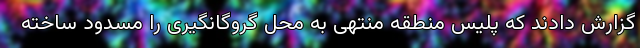
گزارش دادند که پلیس منطقه منتهی به محل گروگانگیری را مسدود ساخته